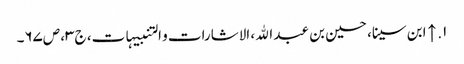
۱. ↑ ابن سینا، حسین بن عبد الله، الاشارات و التنبیہات، ج‌۳، ص‌۶۷‌۔